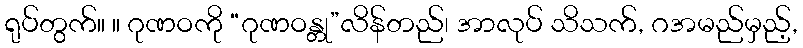
ရုပ်တွက်။ ။ ဂုဏဝကို “ဂုဏဝန္တု”လိန်တည်၊ အာလုပ် သိသက်, ဂအမည်မှည့်,